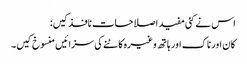
اس نے کئی مفید اصلاحات نافذ کیں:
کان اور ناک اور ہاتھ وغیرہ کاٹنے کی سزائیں منسوخ کیں۔